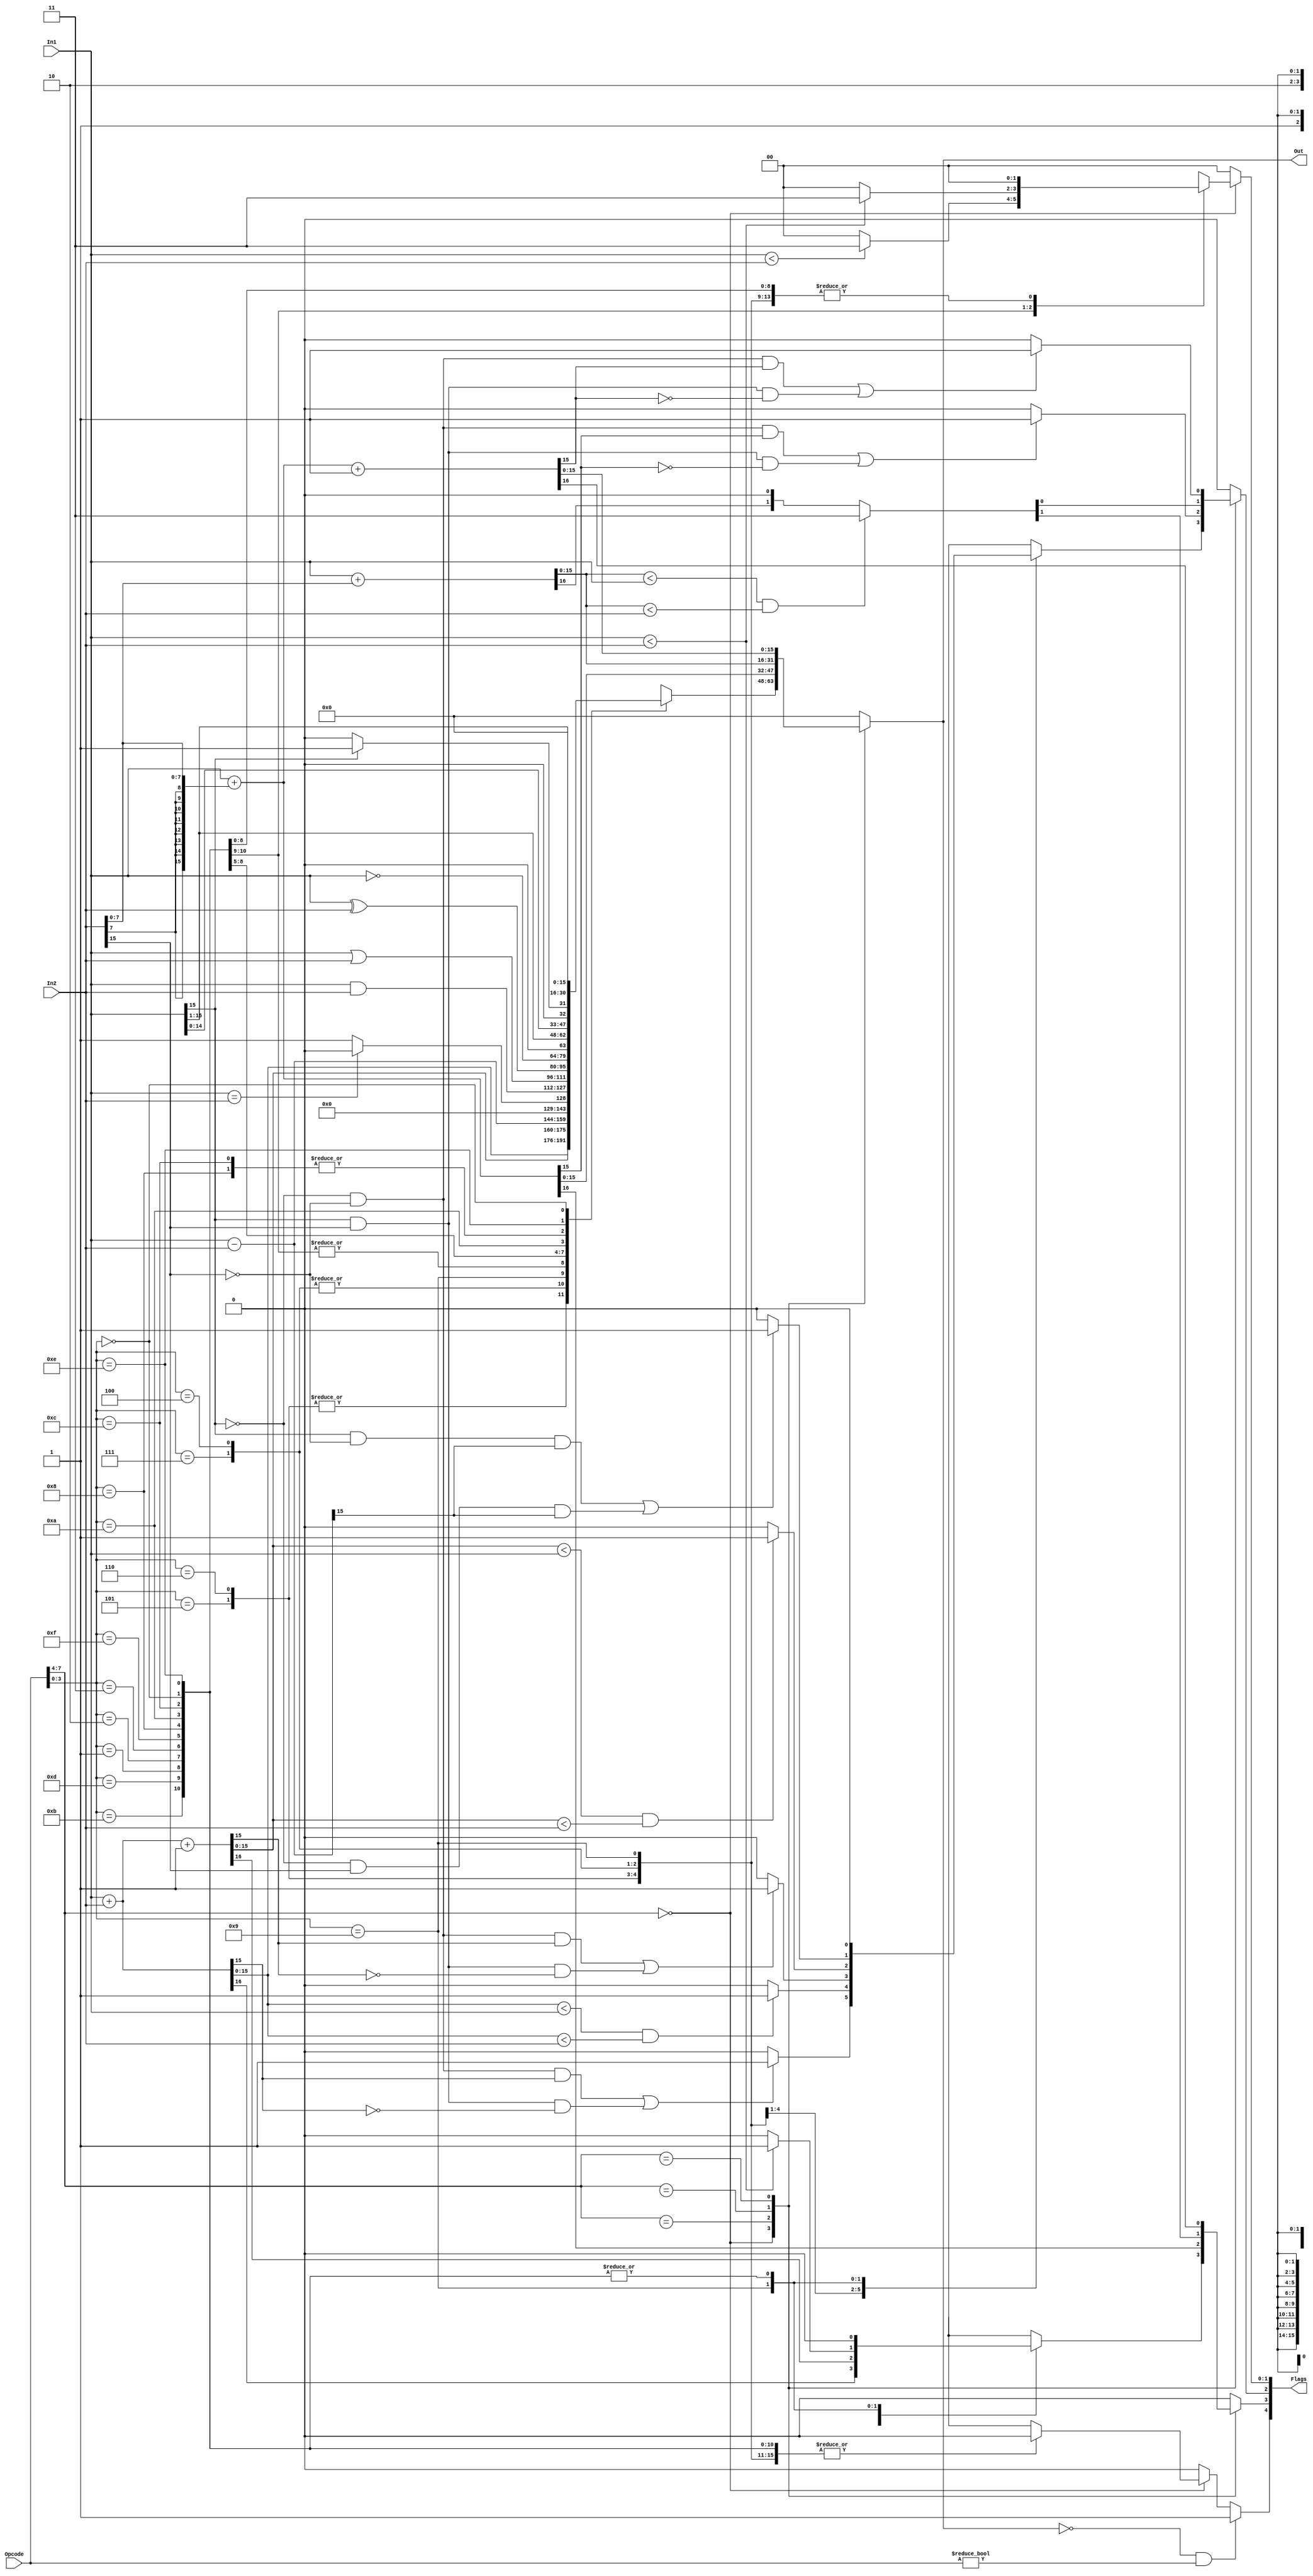
`timescale 1ns / 1ps
//////////////////////////////////////////////////////////////////////////////////
// Company: Meow
//
// Design Name:
// Module Name:	ALU
// Project Name:     CPU
// Target Devices:
// Tool versions:
// Description:
//
// Dependencies:
//
// Revision:
// Revision 0.01 - File Created
// Additional Comments:
//
//////////////////////////////////////////////////////////////////////////////////
module ALU(In1, In2, Opcode, Out, Flags);

    input [15:0] In1, In2;
    //input [15:0] aluControl;
    
    input [7:0] Opcode;
    //reg [7:0] Immediate;
    
    output reg [15:0] Out;
    output reg [4:0] Flags; // zero, carry, overflow, negative, low
    
    parameter Cin = 1'b1;
    
    parameter ADD =	8'b0000_0101;
    parameter ADDI =   8'b0101_xxxx;
    parameter ADDU =   8'b0000_0110;
    parameter ADDUI =  8'b0110_xxxx;
    parameter ADDC =   8'b0000_0111;
    parameter ADDCU =  8'b0000_0100;
    parameter ADDCUI = 8'b1101_xxxx; 
    parameter ADDCI =  8'b0111_xxxx;
    parameter SUB =	8'b0000_1001;
    parameter SUBI =   8'b1001_xxxx;
    parameter CMP =	8'b0000_1011;
    parameter CMPI =   8'b1011_xxxx;
    parameter CMPU =   8'b0000_1101;
    parameter CMPUI =  8'b1010_xxxx; 
    parameter AND =	8'b0000_0001;
    parameter OR = 	8'b0000_0010;
    parameter XOR =	8'b0000_0011;
    parameter NOT =	8'b0000_1111;
    parameter LSH =	8'b0000_1000;
    parameter LSHI =   8'b1111_xxxx; 
    parameter RSH =	8'b0000_1010;
    parameter RSHI =   8'b1110_xxxx;
    parameter ALSH =   8'b0000_1100;
    parameter ARSH =   8'b0000_1110;
    parameter NOP =	8'b0000_0000;
    
    always @(In1, In2, Opcode)
    begin
   	 Flags = 5'b00000;
   	 
   	 //Opcode = {aluControl [15:12], aluControl [7:4]};
   	 //Immediate = {aluControl[11:8], aluControl [3:0]};
   	 
   	 case (Opcode[7:4])
   	 
   		 4'b0000: // non immediate instructions
   	 
   			 case (Opcode[3:0])
   			 
   				 ADD[3:0]:   // for unsigned set overflow when set carry.
   					 begin
   					 {Flags[3], Out} = In1 + In2;   ///Set carry this way for everything
   					 if( (~In1[15] & ~In2[15] & Out[15]) | (In1[15] & In2[15] & ~Out[15]) ) Flags[2] = 1'b1;
   					 end
   				 ADDU[3:0]:
   					 begin
   					 {Flags[3],Out} = In1 + In2;
   					 if (Out < In1 && Out < In2) Flags[2] = 1'b1; //set overflow
   					 end
   				 ADDC[3:0]: // TODO: can this set carry flag? if both inputs have a 1 in the msb than carry is 1
   					 begin
   					 {Flags[3],Out} = In1 + In2 + {15'b0, Cin};
   					 if( (~In1[15] & ~In2[15] & Out[15]) | (In1[15] & In2[15] & ~Out[15]) ) Flags[2] = 1'b1;
   					 end
   				 ADDCU[3:0]:
   					 begin
   					 {Flags[3],Out} = In1 + In2 + {15'b0, Cin};
   					 if (Out < In1 && Out < In2) Flags[2] = 1'b1; //set overflow
   					 end
   				 SUB[3:0]: // in msb 0-1, set carry
   					 begin
   					 Out = In1 - In2;
   					 if ( (In1[15] & ~In2[15] & Out[15]) | (~In1[15] & In2[15] & Out[15]) ) Flags[2] = 1'b1;
   					 //if (Out[15] == 1'b1) Flags[1] = 1'b1; //negative flag
   					 if (In1 < In2) Flags[3] = 1'b1; // is this correct?
   					 end
   				 CMP[3:0]:
   					 begin
   					 if( $signed(In1) < $signed(In2) ) Flags[1:0] = 2'b11;
   					 if( In1 == In2) Out = 16'b0000_0000_0000_0000;
   					 else Out = 16'b0000_0000_0000_0001;    
   					 end
   				 CMPU[3:0]:
   					 begin
   					 if( In1 < In2 ) Flags[1:0] = 2'b11;
   					 if( In1 == In2) Out = 16'b0000_0000_0000_0000;
   					 else Out = 16'b0000_0000_0000_0001;    
   					 end
   				 AND[3:0]:
   					 begin
   					 Out = In1 & In2;
   					 end
   				 OR[3:0]:
   					 begin
   					 Out = In1 | In2;
   					 end
   				 XOR[3:0]:
   					 begin
   					 Out = In1 ^ In2;
   					 end
   				 NOT[3:0]:
   					 begin
   					 Out = ~In1;
   					 end    
   				 LSH[3:0]:
   					 begin
   					 Out = In1 << 1;
   					 end    
   				 RSH[3:0]:
   					 begin
   					 Out = In1 >> 1;
   					 end    
   				 ALSH[3:0]:
   					 begin
   					 Out = In1 << 1;
   					 end
   				 ARSH[3:0]:
   					 begin
   					 if (In1[15] == 1'b1)
   						 begin
   						 Out = In1 >> 1;
   						 Out[15] = 1'b1;
   						 end
   					 else
   						 begin
   						 Out = In1 >> 1;
   						 end
   					 end
   				 NOP[3:0]:
   					 begin
   					 Out = 16'b0000_0000_0000_0000;
   					 Flags = 5'b00000;
   					 end
   				 default:
   					 begin
   						 Out = 16'b0000_0000_0000_0000;
   						 Flags = 5'b00000;
   					 end
   				 endcase
   	   
   	  //immediate instructions
   		 ADDI[5:2]:
   			 begin
   			 {Flags[3], Out} = In1 + {{8{In2[7]}}, {In2[7:0]}}; // 3.6 in text book
				 //{Flags[3], Out} = In1 + In2; //new
   			 if( (~In1[15] & ~In2[15] & Out[15]) | (In1[15] & In2[15] & ~Out[15]) ) Flags[2] = 1'b1;
   			 end
   		 ADDUI[5:2]:
   			 begin
   			 {Flags[3], Out} = In1 + {{8'b0000_0000}, {In2[7:0]}};
				 //{Flags[3], Out} = In1 + In2; //new
   			 if (Out < In1 && Out < In2) Flags[3:2] = 2'b11; //set carry and overflow
   			 // set carry flag
   			 end
   		 ADDCUI[5:2]:
   			 begin
   			 {Flags[3], Out} = In1 + {{8'b0000_0000}, {In2[7:0]}} + {15'b0, Cin};
				 //{Flags[3], Out} = In1 + In2 + {15'b0, Cin}; // new
   			 if (Out < In1 && Out < In2) Flags[3:2] = 2'b11; //set carry and overflow
   			 end
   		 ADDCI[5:2]:
   			 begin
   			 {Flags[3], Out} = In1 + {{8{In2[7]}}, {In2[7:0]}} + {15'b0, Cin};
				 //{Flags[3], Out} = In1 + In2 + {15'b0, Cin}; //new
   			 if ( (~In1[15] & ~In2[15] & Out[15]) | (In1[15] & In2[15] & ~Out[15]) ) Flags[2] = 1'b1;
   			 end
   		 SUBI[5:2]:
   			 begin
   			 Out = In1 - {{8{In2[7]}}, {In2[7:0]}};
				 //Out = In1 - In2; //new
   			 if ( (~In1[3] & ~In2[3] & Out[3]) | (In1[3] & In2[3] & ~Out[3]) ) Flags[2] = 1'b1;
   			 //if (Out[15]) Flags[1] = 1'b1; //negative flag
   			 if (In1 < In2) Flags[3] = 1'b1; // is this correct?
   			 end
   		 CMPI[5:2]:
   			 begin
   			 //if( $signed(In1) < $signed(Immediate) ) Flags[1:0] = 2'b11;
				 if( $signed(In1) < $signed(In2) ) Flags[1:0] = 2'b11;
   			 if( In1 == In2) Out = 16'b0000_0000_0000_0000;
   			 else Out = 16'b0000_0000_0000_0001;    
   			 end
   		 CMPUI[5:2]:
   			 begin
   			 //if( In1 < Immediate ) Flags[1:0] = 2'b11;
   			 //if( In1 == Immediate) Out = 16'b0000_0000_0000_0000;
				 if( In1 < In2 ) Flags[1:0] = 2'b11;
				 if( In1 == In2) Out = 16'b0000_0000_0000_0000;
   			 else Out = 16'b0000_0000_0000_0001;    
   			 end
   		 LSHI[5:2]: // shift by immediate specified amount
   			 begin
   			 //Out = In1 << Immediate;
				 Out = In1 << In2;
   			 end
   		 RSHI[5:2]: // shift by immediate specified amount
   			 begin
   			 //Out = In1 >> Immediate;
				 Out = In1 >> In2;
   			 end
   		 default:
   			 begin
   				 Out = 16'b0000_0000_0000_0000;
   				 Flags = 5'b00000;
   			 end
   	 endcase
   			 if (Out == 16'b0000_0000_0000_0000 && Opcode != 8'b0000_0000)    //If output is 0, except for in nop case:
   			 begin
   			 Flags[4] = 1'b1;
   			 end
   			 
    end
endmodule